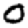
Digit: 0